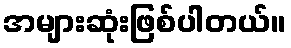
အများဆုံးဖြစ်ပါတယ်။